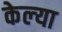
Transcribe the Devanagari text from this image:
केल्‍या